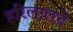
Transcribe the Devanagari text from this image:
हरिलालचे